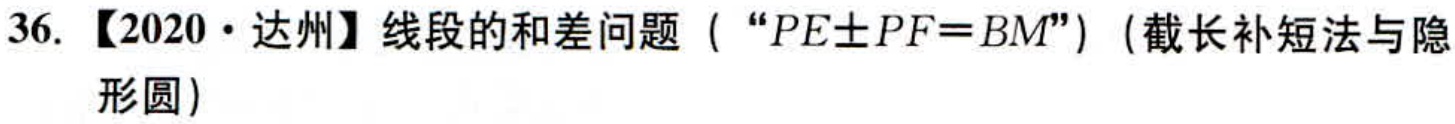
36. 【2020·达州】线段的和差问题（“\(PE\pm PF = BM\)”）（截长补短法与隐形圆）